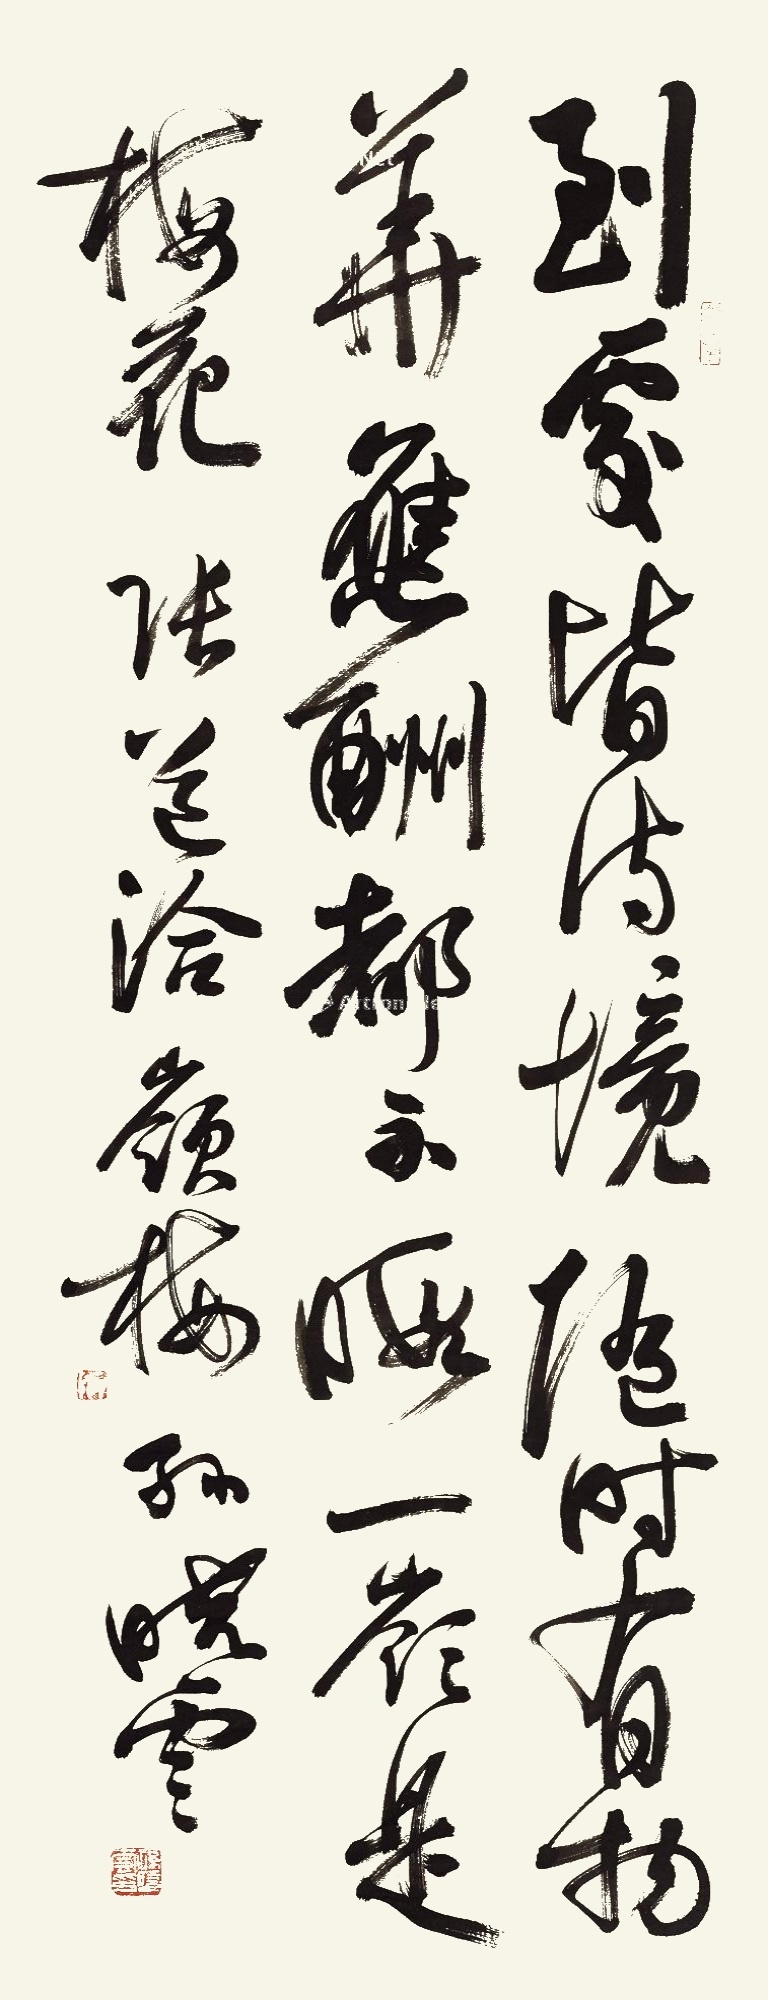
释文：到处皆诗境，随时有物华。应酬都不暇，一岭是梅花。张道洽《岭梅》，孙晓云。